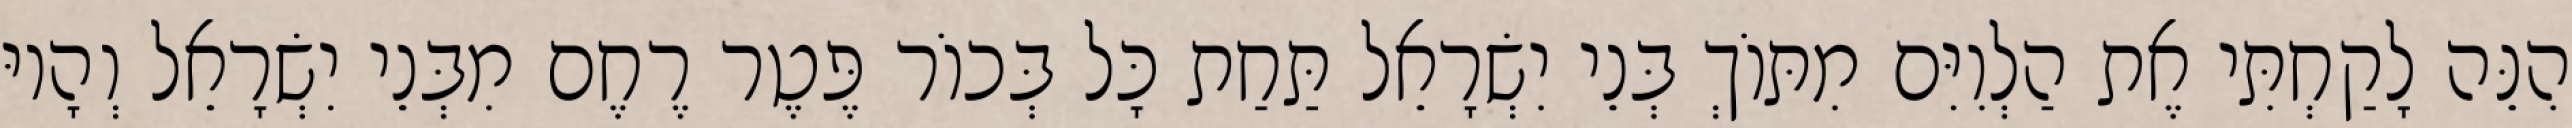
הִנֵּה לָקַחְתִּי אֶת הַלְוִיִּם מִתּוֹךְ בְּנֵי יִשְׂרָאֵל תַּחַת כָּל בְּכוֹר פֶּטֶר רֶחֶם מִבְּנֵי יִשְׂרָאֵל וְהָיוּ